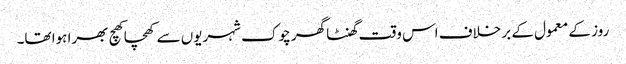
روز کے معمول کے بر خلاف اس وقت گھنٹا گھر چوک شہریوں سے کھچا کھچ بھرا ہوا تھا۔